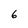
Character: 6